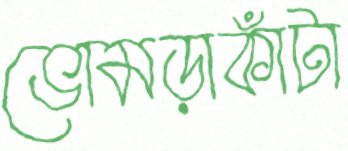
ভোমড়াকাঁটা